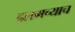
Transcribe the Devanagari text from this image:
दलमच्याच